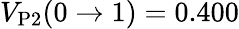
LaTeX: V_{\mathrm{P2}}(0\to 1)=0.400